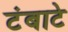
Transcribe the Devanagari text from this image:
टंबाटे